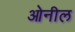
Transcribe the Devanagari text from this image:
ओनील